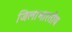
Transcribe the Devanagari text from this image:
जिलाभारतीय